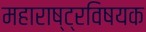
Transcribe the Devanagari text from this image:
महाराष्ट्रविषयक